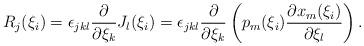
LaTeX: \begin{align*}R_j(\xi_i)=\epsilon_{jkl}\frac{\partial}{\partial\xi_k}J_l(\xi_i)=\epsilon_{jkl}\frac{\partial}{\partial\xi_k}\left(p_m(\xi_i)\frac{\partial x_m(\xi_i)}{\partial \xi_l}\right).\end{align*}